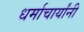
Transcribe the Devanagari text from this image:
धर्माचार्यांनी